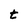
Character: t